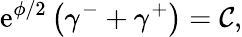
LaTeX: \mathrm{e}^{\phi/2}\left(\gamma^{-}+\gamma^{+}\right)=\mathcal{{C}},